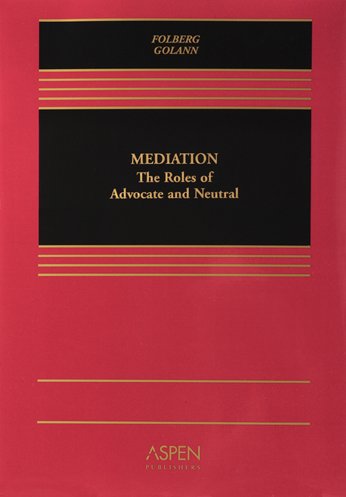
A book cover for Mediation: The Roles of Advocate and Neutral; Professor Dwight Golann; Law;